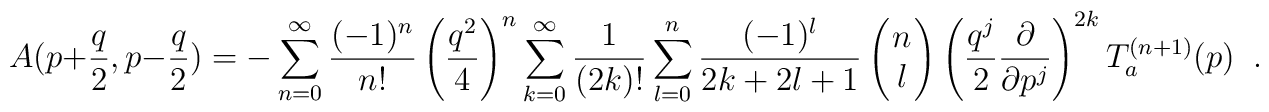
A(p+\frac{q}{2}, p-\frac{q}{2}) \:=\: -\sum_{n=0}^\infty        \frac{(-1)^n}{n!} \left(\frac{q^2}{4} \right)^n \sum_{k=0}^\infty        \frac{1}{(2k)!} \sum_{l=0}^n \frac{(-1)^l}{2k+2l+1} \:        \left(\!\! \begin{array}{c} n \\ l \end{array} \!\!\right) \:        \left(\frac{q^j}{2} \frac{\partial}{\partial p^j}\right)^{2k}        T_a^{(n+1)}(p) \;\; .